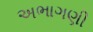
અભાગણી